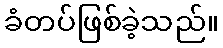
ခံတပ်ဖြစ်ခဲ့သည်။